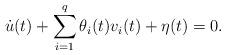
LaTeX: \begin{align*} \dot u(t) + \sum_{i=1}^{q} \theta_i (t) v_i(t) + \eta (t) = 0. \\\end{align*}